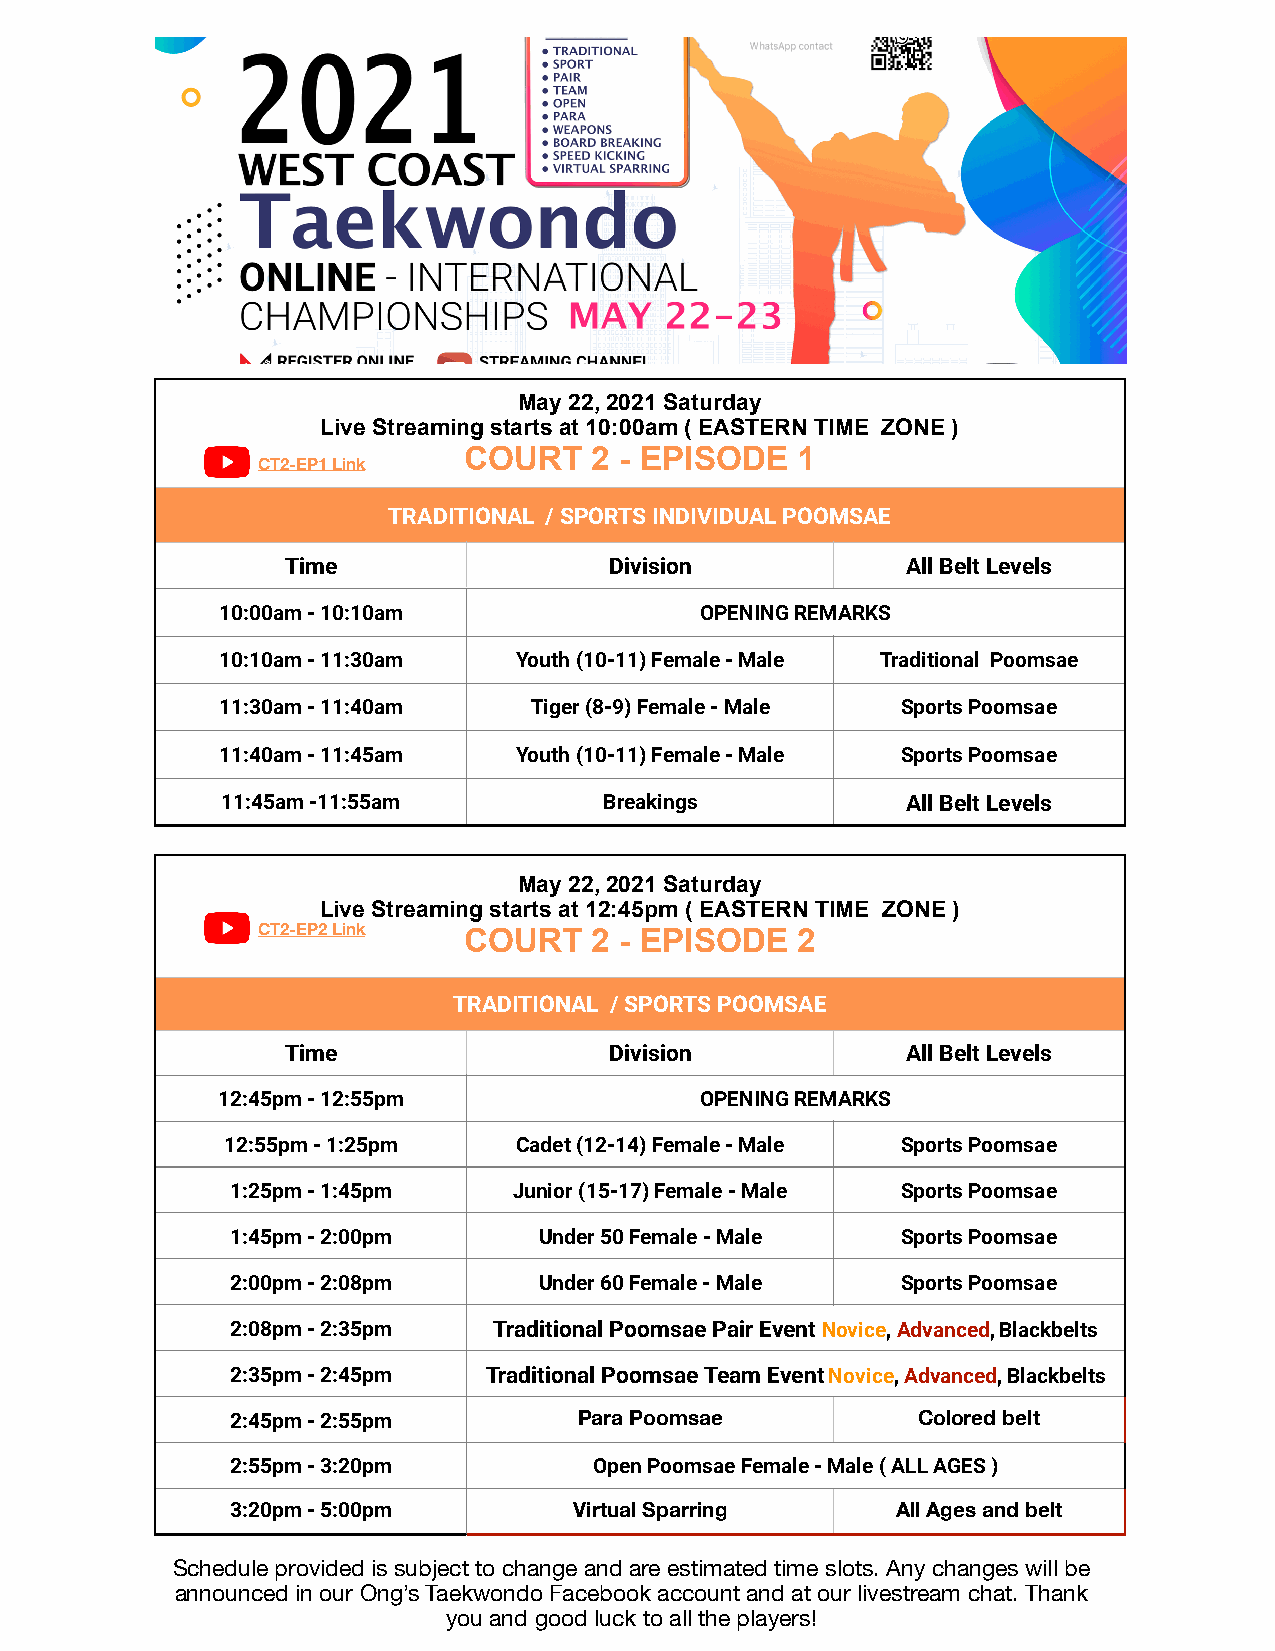
May 22, 2021 Saturday
 Live Streaming starts at 10:00am ( EASTERN TIME ZONE )
 COURT   2 - EPISODE   1
 CT2-EP1 Link
 TRADITIONAL / SPORTS INDIVIDUAL POOMSAE
 Time                 Division            All Belt Levels
 10:00am - 10:10am               OPENING REMARKS
 10:10am - 11:30am   Youth (10-11) Female - Male Traditional Poomsae
 11:30am - 11:40am    Tiger (8-9) Female - Male Sports Poomsae
 11:40am - 11:45am   Youth (10-11) Female - Male Sports Poomsae
 11:45am -11:55am         Breakings           All Belt Levels
 May 22, 2021 Saturday
 Live Streaming starts at 12:45pm ( EASTERN TIME ZONE )
 CT2-EP2 Link  COURT   2 - EPISODE   2
 TRADITIONAL / SPORTS POOMSAE
 Time                 Division            All Belt Levels
 12:45pm - 12:55pm               OPENING REMARKS
 12:55pm - 1:25pm   Cadet (12-14) Female - Male Sports Poomsae
 1:25pm - 1:45pm    Junior (15-17) Female - Male Sports Poomsae
 1:45pm - 2:00pm      Under 50 Female - Male  Sports Poomsae
 2:00pm - 2:08pm      Under 60 Female - Male  Sports Poomsae
 2:08pm - 2:35pm   Traditional Poomsae Pair Event Novice, Advanced, Blackbelts
 2:35pm - 2:45pm  Traditional Poomsae Team Event Novice, Advanced, Blackbelts
 2:45pm - 2:55pm        Para Poomsae           Colored belt
 2:55pm - 3:20pm         Open Poomsae Female - Male ( ALL AGES )
 3:20pm - 5:00pm        Virtual Sparring     All Ages and belt
 Schedule provided is subject to change and are estimated time slots. Any changes will be
 announced in our Ong’s Taekwondo Facebook account and at our livestream chat. Thank
 you and good luck to all the players!